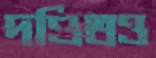
দণ্ডিতও